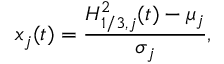
x _ { j } ( t ) = \frac { H _ { 1 / 3 , j } ^ { 2 } ( t ) - \mu _ { j } } { \sigma _ { j } } ,